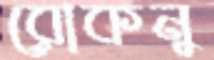
রোকনু